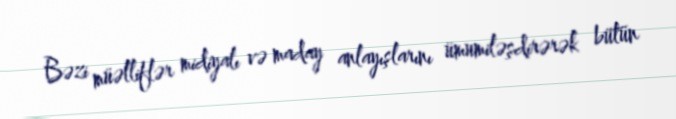
Bəzi müəlliflər midiyalı və maday anlayışlarını ümumiləşdirərək bütün